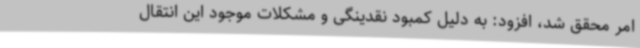
امر محقق شد، افزود: به دلیل کمبود نقدینگی و مشکلات موجود این انتقال